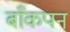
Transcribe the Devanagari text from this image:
बाँकपन